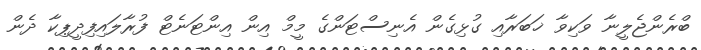
ބްރެންޖެލީނާ ވަކިވާ ޚަބަރާއި ގުޅިގެން އެނިސްޓަންގެ މީމް އިން އިންޓަނެޓް ފުރާލައިފިދީޕިކާ ދެން